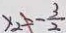
x _ { 2 } = - \frac { 3 } { 2 }